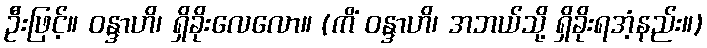
ဦးဖြင့်။ ဝန္ဒာဟိ၊ ရှိခိုးလေလော။ (ကိံ ဝန္ဒာဟိ၊ အဘယ်သို့ ရှိခိုးရအံ့နည်း။)